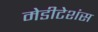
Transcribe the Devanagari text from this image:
मेडीटेशंस